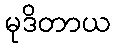
မုဒိတာယ